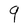
Character: q